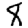
Digit: 8